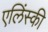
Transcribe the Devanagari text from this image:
एलिंस्की